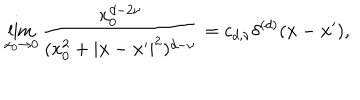
\lim _ { x _ { 0 } \to 0 } { \frac { x _ { 0 } ^ { d - 2 \nu } } { ( x _ { 0 } ^ { 2 } + | { \bf x } - { \bf x } ^ { \prime } | ^ { 2 } ) ^ { d - \nu } } } = c _ { d , \nu } \delta ^ { ( d ) } ( { \bf x } - { \bf x } ^ { \prime } ) ,